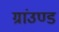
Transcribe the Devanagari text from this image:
ग्रांउण्ड